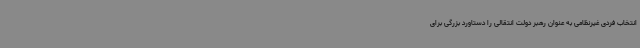
انتخاب فردی غیرنظامی به عنوان رهبر دولت انتقالی را دستاورد بزرگی برای